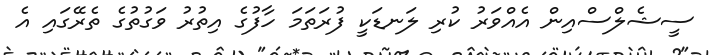
ސީޝެލްސްއިން އެއްވަރު ކުރި ލަނޑަކީ ފުރަތަމަ ހާފުގެ އިތުރު ވަގުތުގެ ތެރޭގައި އެ